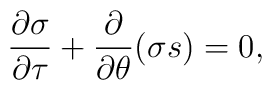
\frac{\partial \sigma }{\partial\tau }+\frac{\partial }{\partial \theta }(\sigma s)=0,